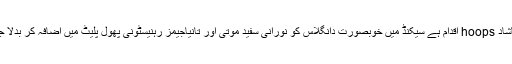
ان برناشاد hoops اقدام ہے سیکنڈ میں خوبصورت دانگلاس کو نورانی سفید موتی اور تانیاجیمز رہنیسٹونی پھول پلیٹ میں اضافہ کر بدلا جا گی ۔